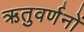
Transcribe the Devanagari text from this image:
ऋतुवर्णनों